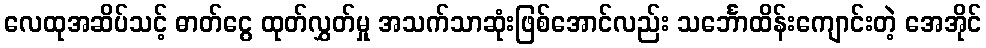
လေထုအဆိပ်သင့် ဓာတ်ငွေ ထုတ်လွှတ်မှု အသက်သာဆုံးဖြစ်အောင်လည်း သင်္ဘောထိန်းကျောင်းတဲ့ အေအိုင်